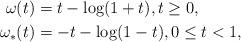
LaTeX: \begin{align*} \omega(t) & = t - \log(1+t), t\geq 0, \\ \omega_*(t) & = -t - \log(1-t), 0\leq t < 1,\end{align*}